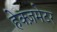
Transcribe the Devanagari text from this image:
हेक्ज़मेटर